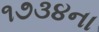
૧૭૩૪ના